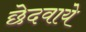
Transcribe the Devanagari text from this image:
छेदवाये